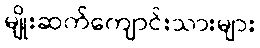
မျိုးဆက်ကျောင်းသားများ